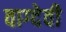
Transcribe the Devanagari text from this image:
वाग्‍देवी